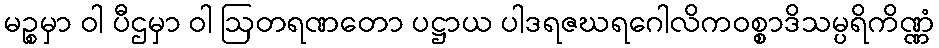
မဉ္စမှာ ဝါ ပီဌမှာ ဝါ ဩတရဏတော ပဋ္ဌာယ ပါဒရဇဃရဂေါလိကဝစ္စာဒိသမ္ပရိကိဏ္ဏံ